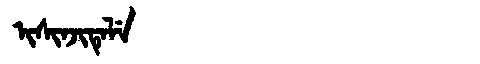
Manchu: ᡳᠰᡳᠨᠵᡳᡨᡝᠯᡝ
Romanization: ISINJITELE